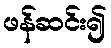
ဖန်ဆင်း၍